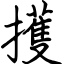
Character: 擭